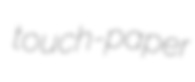
touch-paper